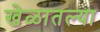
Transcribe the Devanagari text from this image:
खेळातल्या